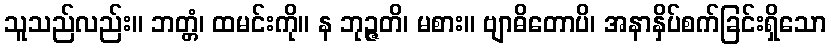
သူသည်လည်း။ ဘတ္တံ၊ ထမင်းကို။ န ဘုဉ္ဇတိ၊ မစား။ ဗျာဓိတောပိ၊ အနာနှိပ်စက်ခြင်းရှိသော